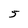
Character: 5